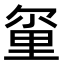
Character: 𫒂